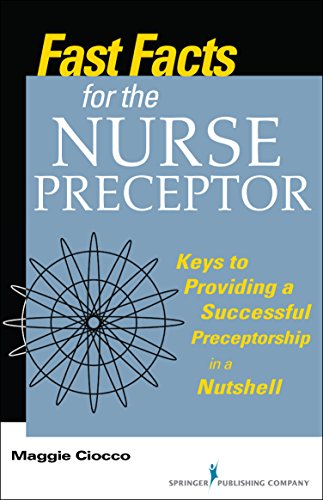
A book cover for Fast Facts for the Nurse Preceptor: Keys to Providing a Successful Preceptorship in a Nutshell; Maggie Ciocco MS  RN  BC  CDP; Medical Books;